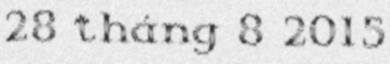
28 tháng 8 2015